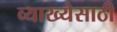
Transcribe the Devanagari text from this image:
व्याख्येसाठी